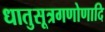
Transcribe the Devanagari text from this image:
धातुसूत्रगणोणादि